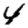
Digit: 4